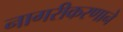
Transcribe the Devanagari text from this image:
नागरीकरणाने